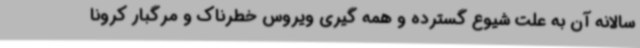
سالانه آن به علت شیوع گسترده و همه گیری ویروس خطرناک و مرگبار کرونا